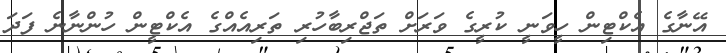
އޭނާގެ އެކްޓިން ހީވަނީ ކުރީގެ ވަރަށް ތަޖްރިބާހުރި ތަރިއެއްގެ އެކްޓީން ހުންނާނެ ފަދަ